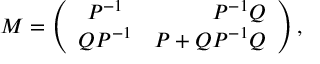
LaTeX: M = \left( \begin{array} { c r c } { { P ^ { - 1 } } } & { { P ^ { - 1 } Q } } \\ { { Q P ^ { - 1 } } } & { { P + Q P ^ { - 1 } Q } } \end{array} \right) ,